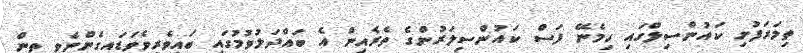
ތިމަރަފުށި ކައުންސިލްގައި ހިމެނޭ ފަސް ކައުންސިލަރުންގެ ތެރެއިން އެ ބައްދަލުވުމުގައި ބައިވެރިވެވަޑައިގެންނެވި ތިން